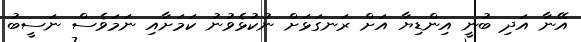
އޭނާ އަދި ބުނީ އިންޑިޔާ އަށް ރަނގަޅަށް ނުކުޅެވުނު ކަމަށާއި ނަމަވެސް ނަސީބު